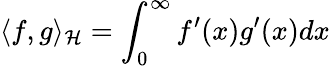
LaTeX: \langle f,g\rangle_{\mathcal{H}}=\int_{0}^{\infty}f^{\prime}(x)g^{\prime}(x)dx